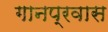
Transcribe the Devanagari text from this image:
गानप्रवास